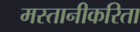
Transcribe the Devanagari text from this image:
मस्तानीकरिता